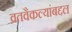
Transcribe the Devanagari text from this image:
व्रतवैकल्यांबद्दल